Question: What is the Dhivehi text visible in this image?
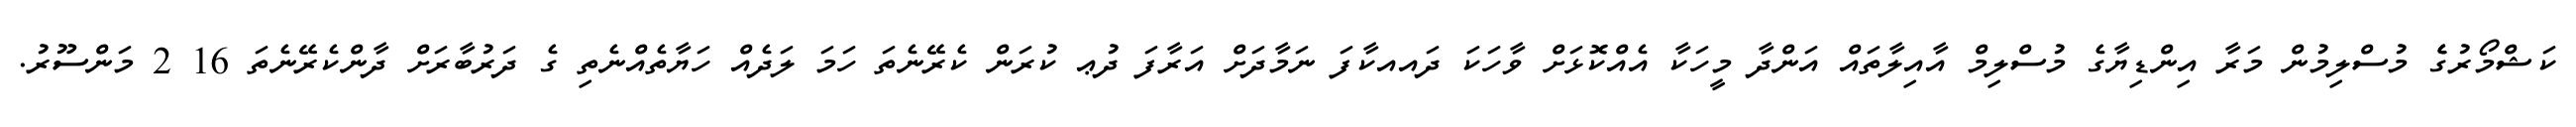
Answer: ކަޝްމޯރުގެެ މުސްލިމުން މަރާ އިންޑިޔާގެ މުސްލިމް އާއިލާތައް އަންދާ މީހަކާ އެއްކޮޅަށް ވާހަކަ ދައއކާފަ ނަމާދަށް އަރާފަ ދުޢ ކުރަން ކެރޭނެތަ ހަމަ ލަދެއް ހަޔާތެއްނެތި ގެ ދަރުބާރަށް ދާންކެރޭނެތަ 16 2 މަންސޫރު.